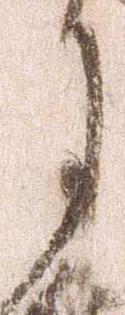
月